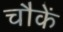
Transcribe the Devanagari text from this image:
चौकें